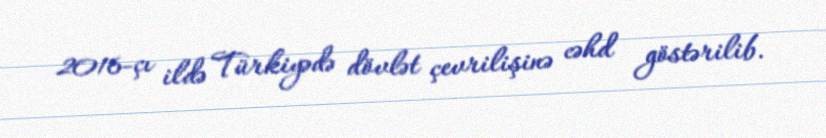
2016-çı ildə Türkiyədə dövlət çevrilişinə cəhd göstərilib.